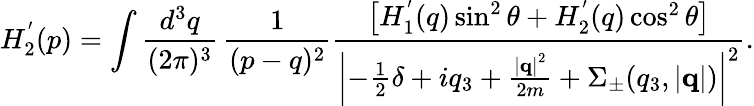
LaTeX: H_{2}^{'}(p)=\int\frac{d^{3}q}{(2\pi)^{3}}\, \frac{1}{(p-q)^{2}}\frac{\left[H_{1}^{'}(q)\sin^{2}\theta+H_{2}^{'}(q)\cos^{2}\theta\right]}{\left|-\frac{1}{2}\delta+iq_{3}+\frac{\left|{\mathbf q}\right|^{2}}{2m}+\Sigma_{\pm}(q_{3},\left|{\mathbf q}\right|)\right|^{2}}.